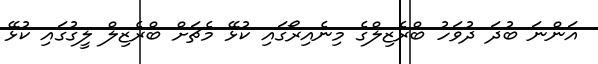
އަންނަ ބުދަ ދުވަހު ބްރެޒިލްގެ މިނެއިރޯގައި ކުޅޭ މެޗަށް ބްރެޒިލް ލީގުގައި ކުޅޭ